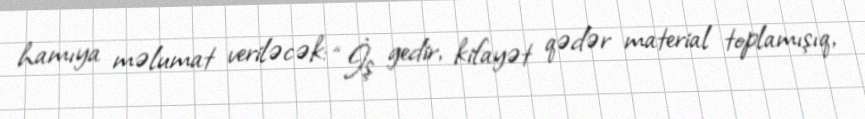
hamıya məlumat veriləcək: “İş gedir, kifayət qədər material toplamışıq,